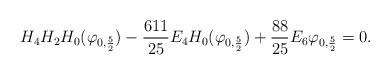
LaTeX: \begin{align*}H_4H_2H_0(\varphi_{0,\frac 52})-\frac{611}{25}E_4H_0(\varphi_{0,\frac 52})+\frac{88}{25}E_6\varphi_{0,\frac 52}=0.\end{align*}